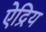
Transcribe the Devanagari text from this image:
ऐद्रिय